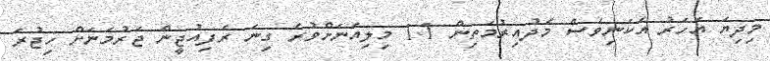
މިދިޔަ އަހަރު އެކަނިވެސް މެދުއިރުމަތިން 1.1 މިލިއަނަށްވުރެ ގިނަ ރެފިއުޖީން ޖަރުމަނަށް ހިޖުރަ